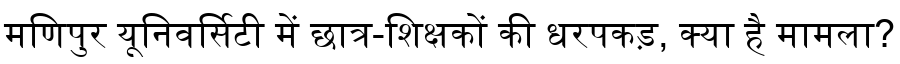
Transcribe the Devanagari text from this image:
मणिपुर यूनिवर्सिटी में छात्र-शिक्षकों की धरपकड़, क्या है मामला?